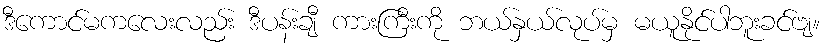
ဒီကောင်မကလေးလည်း ဒီပန်းချီ ကားကြီးကို ဘယ်နှယ်လုပ်မှ မယူနိုင်ပါဘူးခင်ဗျ။